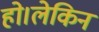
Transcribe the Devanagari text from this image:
हो।लेकिन